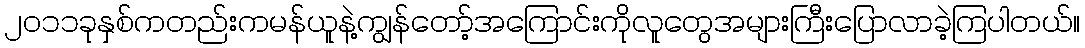
၂၀၁၁ခုနှစ်ကတည်းကမန်ယူနဲ့ကျွန်တော့်အကြောင်းကိုလူတွေအများကြီးပြောလာခဲ့ကြပါတယ်။